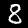
Label: 8